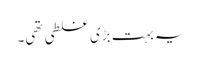
یہ بہت بڑی غلطی تھی۔